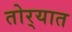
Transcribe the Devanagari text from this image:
तोर्‍यात